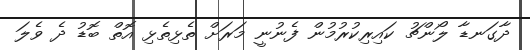
ދާގަނޑާ ލޯންޗު ކައިރިކުރުމުން ފެނުނީ މަރަށް ތެޅިތެޅި އޮތް ބޮޑު ދެ ވެލަ